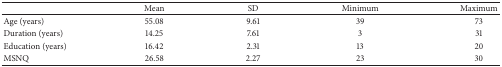
|  | Mean | SD | Minimum | Maximum |
 | --- | --- | --- | --- | --- |
 | Age (years) | 55.08 | 9.61 | 39 | 73 |
 | Duration (years) | 14.25 | 7.61 | 3 | 31 |
 | Education (years) | 16.42 | 2.31 | 13 | 20 |
 | MSNQ | 26.58 | 2.27 | 23 | 30 |